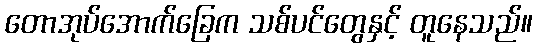
တောအုပ်အောက်ခြေက သစ်ပင်တွေနှင့် တူနေသည်။